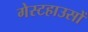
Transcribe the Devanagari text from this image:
गेस्टहाउसों